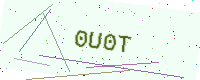
Text: 0U0T